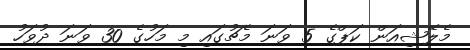
މެލޭޝިއަން ކަޕްގެ 5 ވަނަ މެޗުގައި މި މަހުގެ 30 ވަނަ ދުވަހު